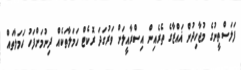
ފަލަސްތީނުގެ މުޖާހިދުން ޣައްޒާގެ ތެރެއިން އިސްރާއީލަށް ވަރުގަދަ ރޮކެޓް ހަމަލާތަކެއް ދިނުމަށްފަހު ހަމަލާތައް